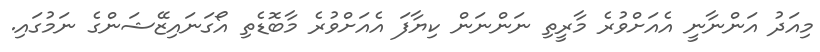
މިއަދު އަންނާނީ އެއަށްވުރެ މާރީތި ނަންނަން ކިޔާފަ އެއަށްވުރެ މާބޮޑެތި އޯގަނައިޒޭޝަންގެ ނަމުގައި.